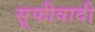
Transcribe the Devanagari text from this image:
सूफीवादी